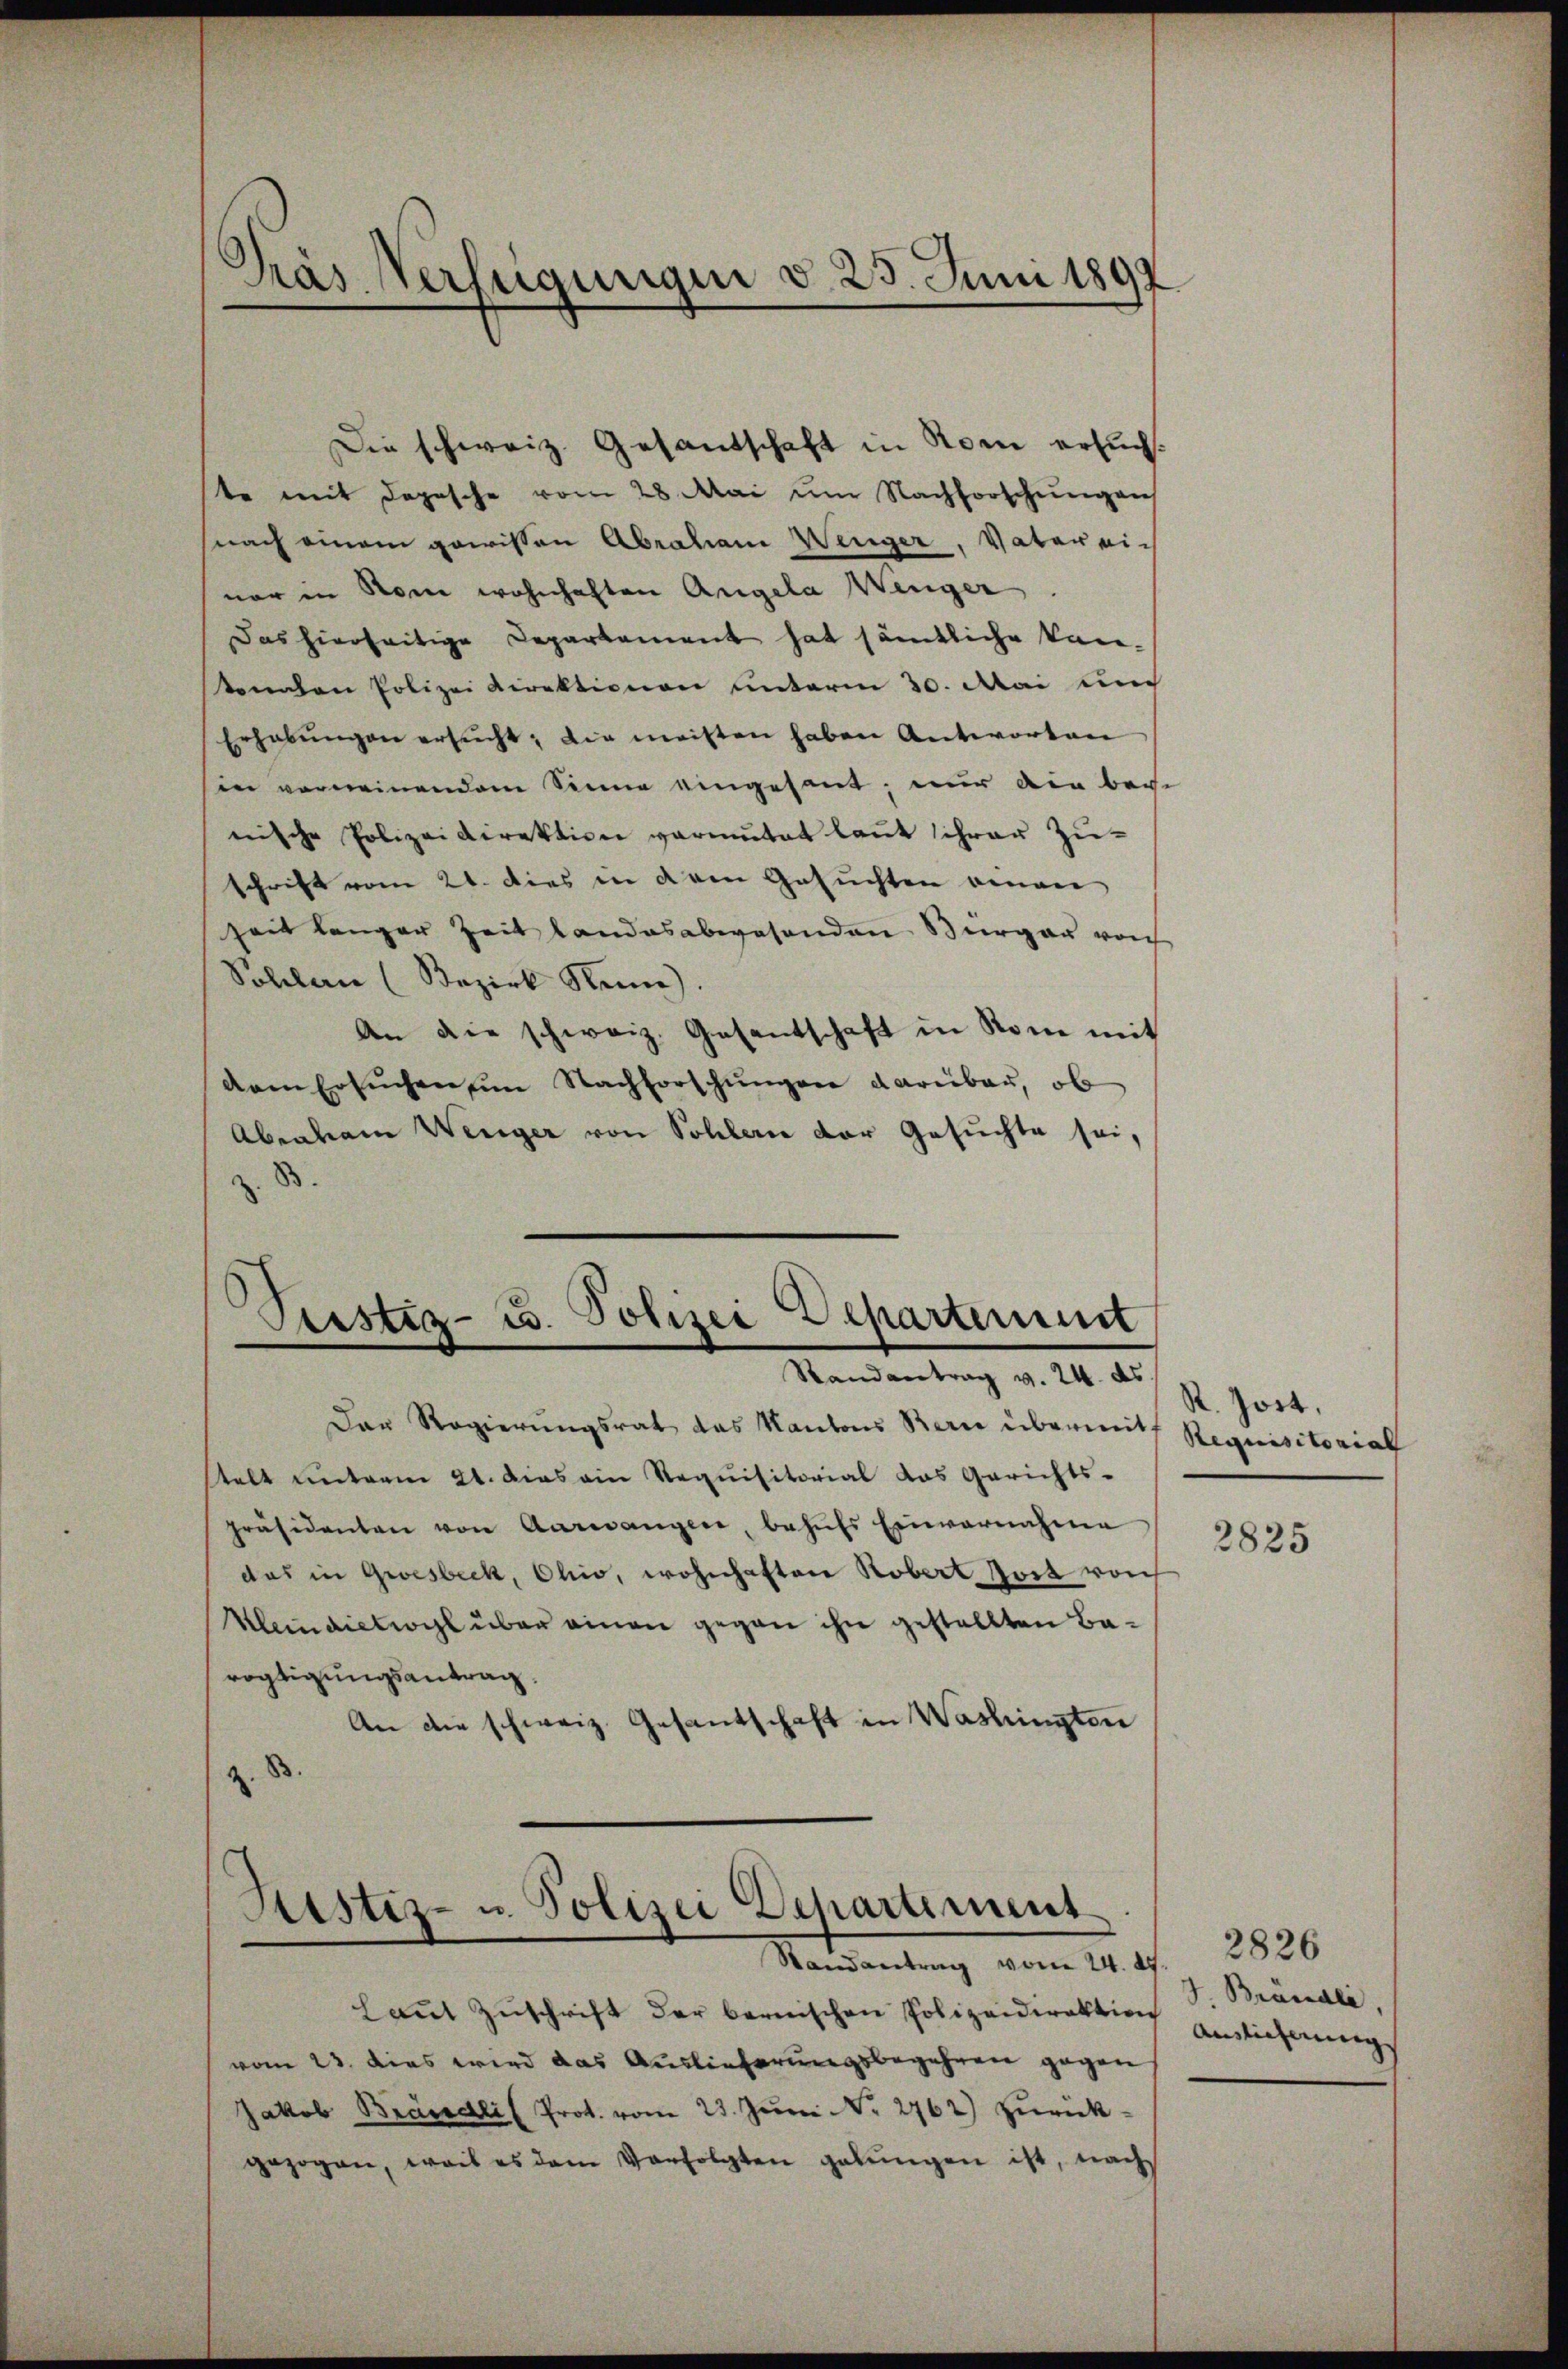
Pras Verfügungen d. 25. Juni 1897.

Die schweiz. Gesandschaft in Rom ersuch.
te mit Depesche vom 28. Mai um Nachforschungen
snach einem gewissen Abrahani Wenger, Vater einar in Rom wohnhaften Argela Wenger
Das hierseitige Departament hat sämtliche kan-
konnten Polizei Direktionen unterm 30. Mai um
Erhabŭngen ersŭcht, die meisten haben Antworten
in vermeinendem Sinne eingesant, nur den bei-
nische Polizeidirektion vermutet laut schwer Zuschrift vom 21. dies in dem Gesuchten einan
seit langer Zeit landesabwesenden Burgau von
Sollen (Bezirk Neme).
An die schweiz. Gesantschaft in Rom mit
dam ersŭchen im Nachforschŭngen dareibar, ob
Abenham Wenger von Sohlern der Gesuchte sei,
8

Justiz- u. Polizei Departement
Randantrag v. 24. ds.

Der Regierungsrat das Kantons Berne übermit Requisitorial
telt unterm 21. dies ain Requisitorial das Gerichts-
präsidenten von Aareangen, behŭfs Einvernahme
das in Gresbeck, Ohio, wohnhaften Robert fort von
Keindictiogl über einen gegen ihn gestellten Bavogtigungsantrag
An die schweiz. Gesantschaft in Washingten
z. B.

Sistiz- u. Polizei Departement
Randantrag vom 24. d

Laut Zuschrift der bernischen Polizeidirektion
vom 22. dies wird das Auslieferungsbegehren gegen
Jakob Brändli Prot. vom 23. Jŭni N. 2762) zŭrück-
gezogen, weis es dem Verfolgten gebŭngen ist, nach

R. Hort.

2825

2826
J. Brandle,
Auslicherung